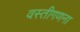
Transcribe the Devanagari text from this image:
वस्तीगणना